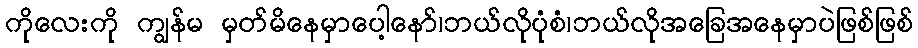
ကိုလေးကို ကျွန်မ မှတ်မိနေမှာပေါ့နော်၊ဘယ်လိုပုံစံ၊ဘယ်လိုအခြေအနေမှာပဲဖြစ်ဖြစ်